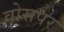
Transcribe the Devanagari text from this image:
वोसपर